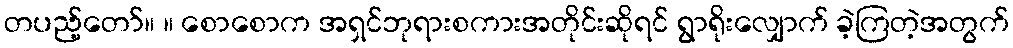
တပည့်တော်။ ။ စောစောက အရှင်ဘုရားစကားအတိုင်းဆိုရင် ရွာရိုးလျှောက် ခဲ့ကြတဲ့အတွက်